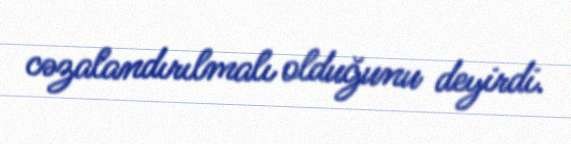
cəzalandırılmalı olduğunu deyirdi.